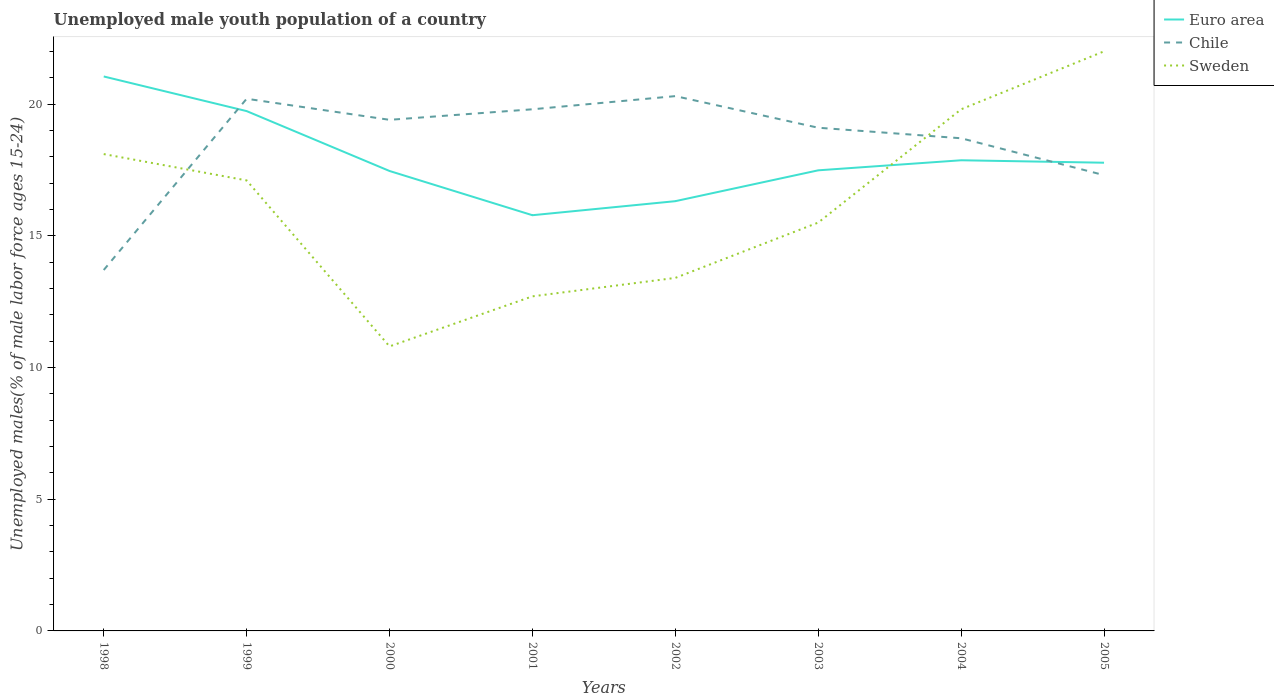
| Years | Euro area | Chile | Sweden |
 | --- | --- | --- | --- |
 | 1998 | 21 | 13.7 | 18.1 |
 | 1999 | 19.7 | 20.2 | 17.1 |
 | 2000 | 17.5 | 19.4 | 10.8 |
 | 2001 | 15.8 | 19.8 | 12.7 |
 | 2002 | 16.3 | 20.3 | 13.4 |
 | 2003 | 17.5 | 19.1 | 15.5 |
 | 2004 | 17.9 | 18.7 | 19.8 |
 | 2005 | 17.8 | 17.3 | 22 |